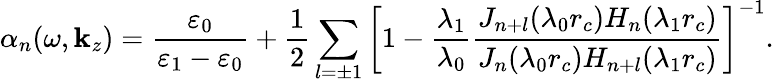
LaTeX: \alpha_{n}(\omega,\mathbf{k}_{z})=\frac{{\varepsilon_{0}}}{{\varepsilon_{1}-\varepsilon_{0}}}+\frac{{1}}{{2}}\sum_{l=\pm1}\left[1-\frac{{\lambda_{1}}}{{\lambda_{0}}}\frac{{J_{n+l}(\lambda_{0}r_{c})H_{n}(\lambda_{1}r_{c})}}{{J_{n}(\lambda_{0}r_{c})H_{n+l}(\lambda_{1}r_{c})}}\right]^{-1}.